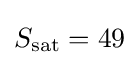
S_{\mathrm {sat} }=49